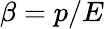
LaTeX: \beta=p/E